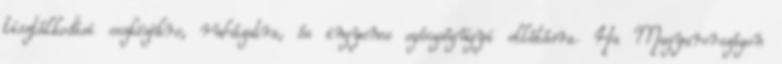
tisztálkodási eszközökre, ruházatra, és ingyenes egészségügyi ellátásra. Ha Magyarországon